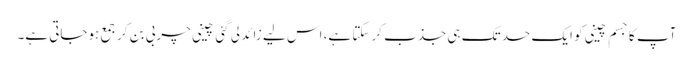
آپ کا جسم چینی کو ایک حد تک ہی جذب کرسکتا ہے، اس لیے زائد لی گئی چینی چربی بن کر جمع ہوجاتی ہے۔